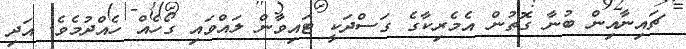
ޗައިނާއިން ބުނާ ގޮތުން އެމެރިކާގެ ގަސްދަކީ ޓައިވާން ލައްވައި ގޯހެއް ހެއްދުމެވެ. އަދި